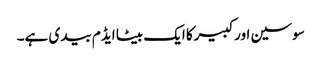
سوسین اورکبیرکا ایک بیٹا ایڈم بیدی ہے۔